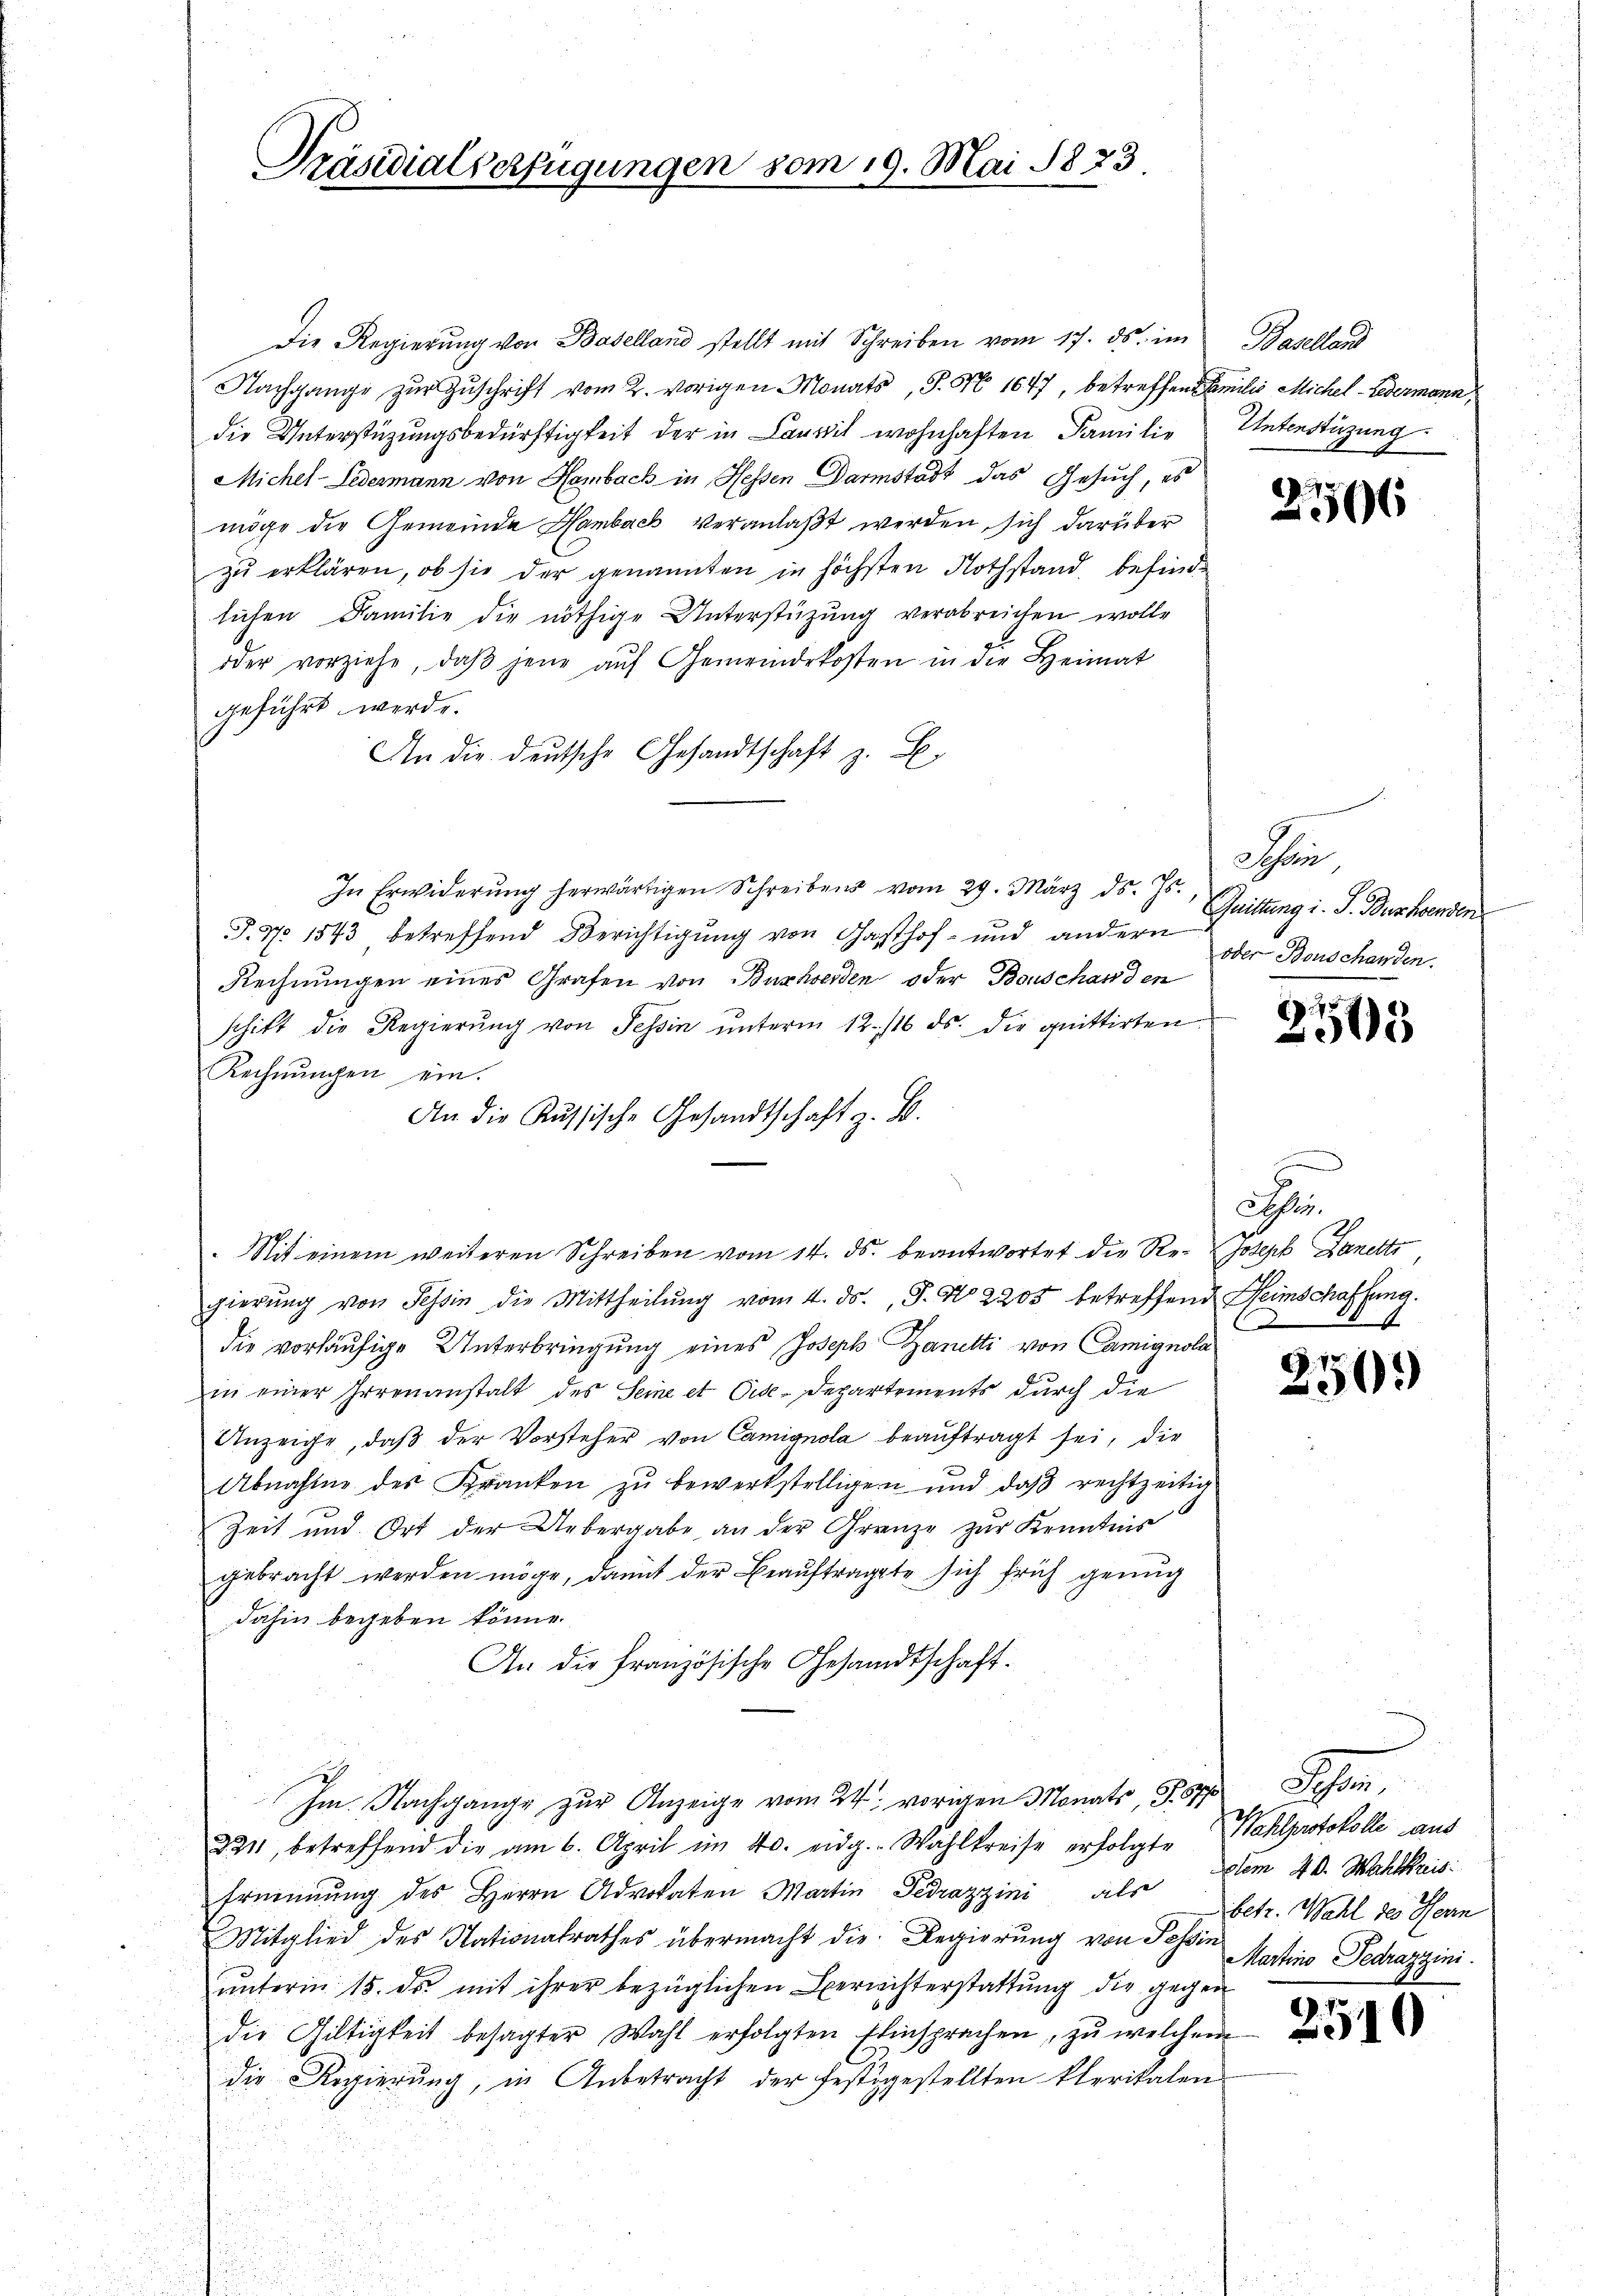
Präsidialverfügungen vom 19. Mai 1823

Die Regierŭng von Baselland stellt mit Schreiben vom 17. ds. im Basellan
Nachgange zŭr Zŭschrift vom 2. vorigen Monats, S. M 1647, betreffend Familio Michel - Ledermann,
die Unterstüzungsbedürftigkeit der in Lanvil wohnhaften Familie Unterstüzung
Michel-Ledermann von Hambach in Hessen Darmstadt das Gesuch, es
möge die Gemeinde Hambach veranlaßt werden, sich darüber
zu erklären, ob sie der genannten in höchsten Nothstand befindlichen Familie die nöthige Unterstüzung verabreichen wolle
oder vorziehe, daβ jene aŭf Gemeindekosten in die Heimat
geführt werde.
An die deutsche Gesandtschaft z. B.
In Erwiderŭng herwärtigen Schreibens vom 29. März ds. Gs. Quittung i. S. Buschenden
T.7. 1543 betreffend Berichtigung von Gasthof- und andern
Rechnungen eines Grafen von Buxhoerden oder Bonschanden
schitt die Regierŭng von Tessin ŭnterm 12. 116 ds. die quittirten
Rechnungen ein.
An die Aŭssische Gesandtschaft z. B.
Nit einem weiteren Schreiben vom 14. ds. beantwortet die Re-Joseph Danetti,
gierŭng von Tessin die Mittheilŭng vom 4. ds., S. N 2205 betreffend Heimschaffung.
die vorläufige Unterbringung eines Joseph Zanetti von Camignola
in einer Irrenanstalt des Seine et Vice-Departements durch die
Unzeige, daß der Vorsteher von Camignola beauftragt sei, die
n
Abnahme des Franken zŭ bewerkstelligen und daβ rechtzeitig
Zeit und Ort der Uebergabe an der Grenze zŭr Kenntnis
gebracht werden möge, damit der Beauftragte sich früh genug
dahin begeben könne.
An die Französische Gesandtschaft.
Im Nachgange zur Anzeige vom 24. vorigen Monats, S. 67 Schon
221, betreffend die am 6. April im 40. eidg. Wahlkreise erfolgte Wahlprotokolle aus
Erennung des Herrn Advokaten Martin Fedrazzini als
Mitglied des Nationalrathes übermacht die Regierung von Tessin
unterm 15. ds. mit ihrer bezüglichen Berichterstattung die gegen
die Giltigkeit besagter Wahl erfolgten Einsprachen, zŭ welchem
die Regierung, in Anbetracht der festigestellten Plerikalen

2566

hen,
oder Bonschanden.

2505

Sch

250.

dlem 4 d. Wahlkreis:
betr. Wahl des Herrn
Martino Pedrazzini.

2510